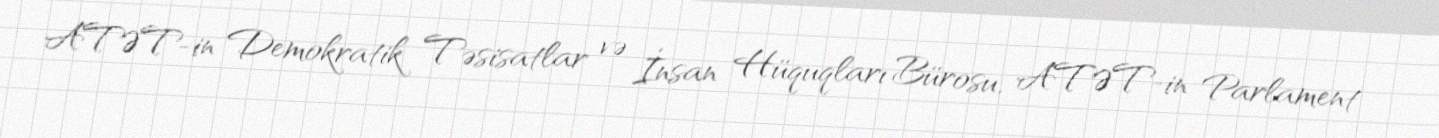
ATƏT-in Demokratik Təsisatlar və İnsan Hüquqları Bürosu, ATƏT-in Parlament